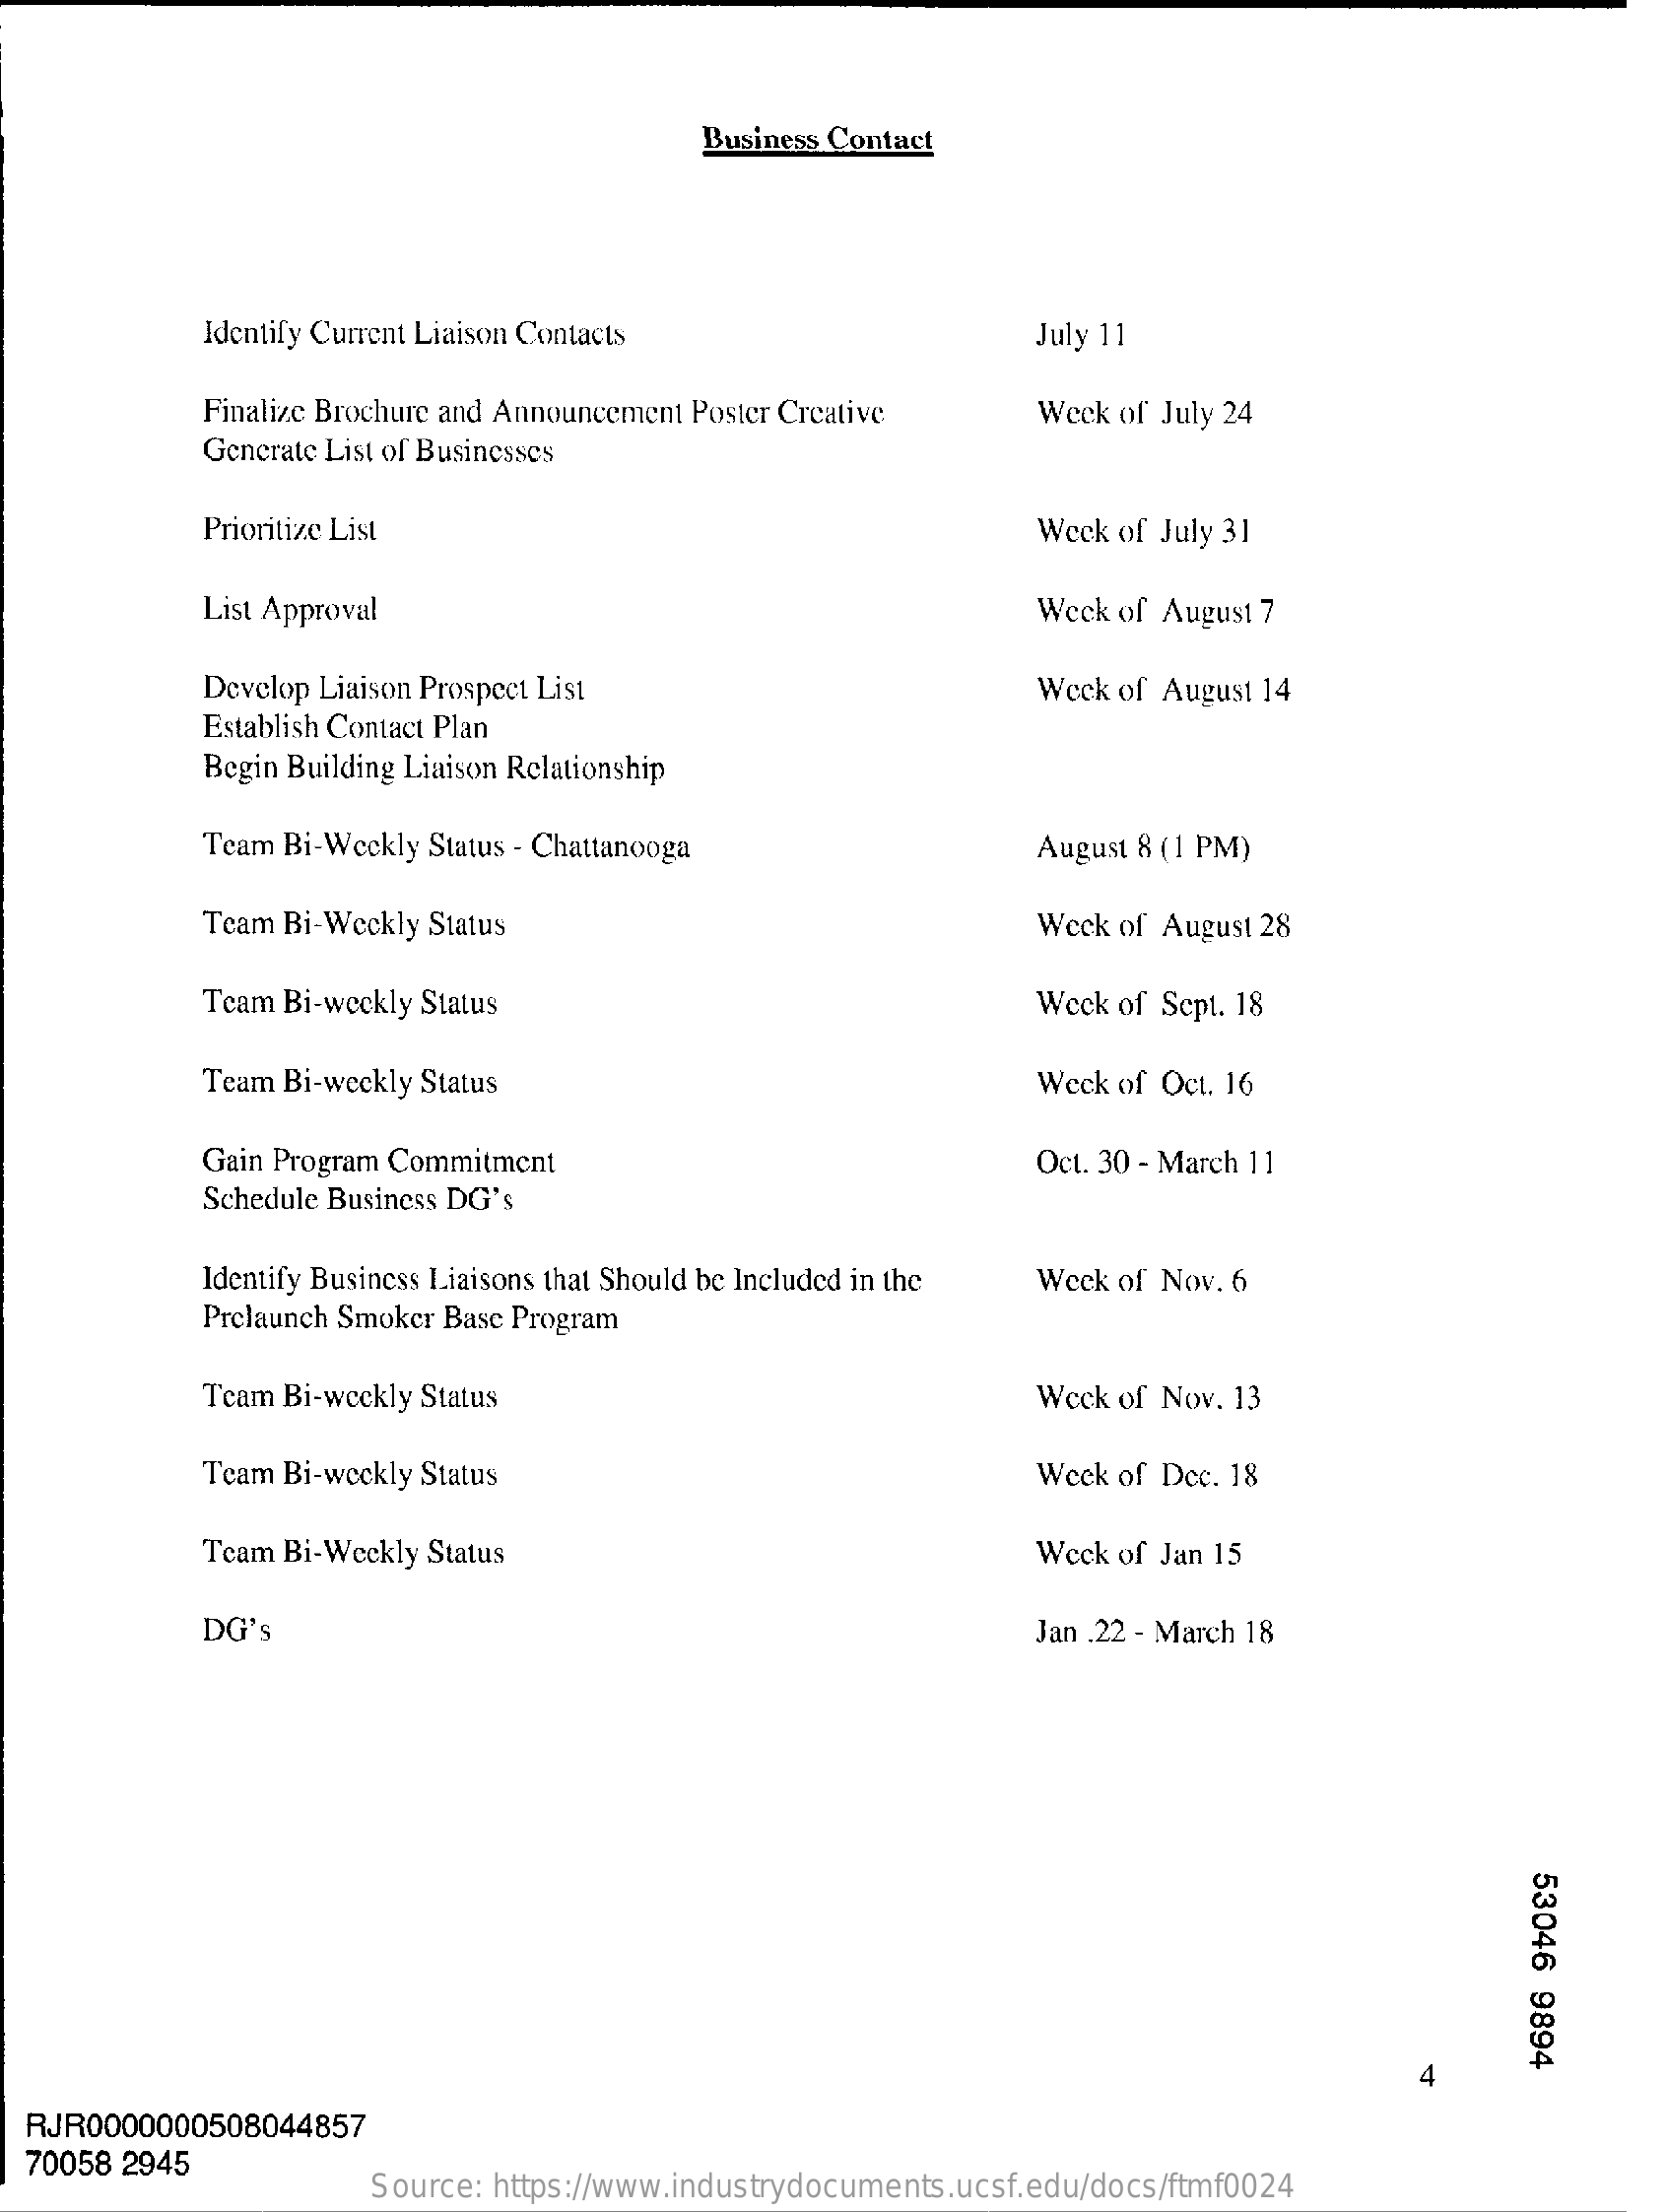
Business Contact
     Identify Current Liaison Contacts    July 11
     Finalize Brochure and Announcement Poster Creative Week of July 24
     Generate List of Businesses
     Prioritize List    Week of July 31
     List Approval    Weck of August 7
     Develop Liaison Prospect List    Weck of August 14
     Establish Contact Plan
     Begin Building Liaison Relationship
     Team Bi-Weekly Status - Chattanooga    August 8 (1 PM)
     Team Bi-Weekly Status    Week of August 28
     Team Bi-weekly Status    Week of Sept. 18
     Team Bi-weekly Status    Weck of Oct. 16
     Gain Program Commitment    Oct. 30 - March 11
     Schedule Business DG's
     Identify Business Liaisons that Should be Included in the Week of Nov. 6
     Prelaunch Smoker Base Program
     Team Bi-weekly Status    Weck of Nov. 13
     Team Bi-weekly Status    Week of Dec. 18
     Team Bi-Weekly Status    Weck of Jan 15
     DG's    Jan .22 - March 18
     53046
     9894
  RJR0000000508044857
  70058 2945
     Source: https://www.industrydocuments.ucsf.edu/docs/ftmf0024